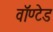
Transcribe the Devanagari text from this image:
वॉण्टेड